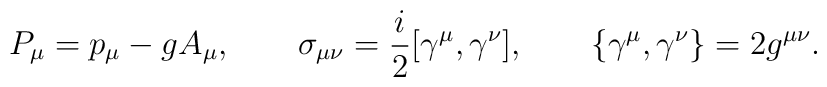
P_\mu=p_\mu-gA_\mu,\qquad \sigma_{\mu\nu}={i\over2}[\gamma^\mu,\gamma^\nu],\qquad \{\gamma^\mu,\gamma^\nu\}=2g^{\mu\nu}.